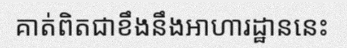
គាត់ពិតជាខឹងនឹងអាហារដ្ឋាននេះ